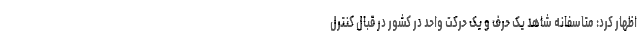
اظهار کرد: متاسفانه شاهد یک حرف و یک حرکت واحد در کشور در قبال کنترل